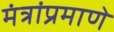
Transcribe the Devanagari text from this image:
मंत्रांप्रमाणे